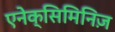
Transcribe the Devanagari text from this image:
एनेक्सिमिनिज़